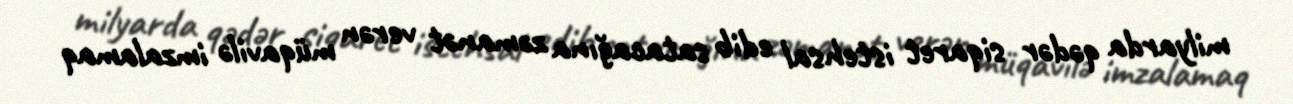
milyarda qədər siqaret istehsal edib satacağına zəmanət verən müqavilə imzalamaq